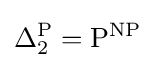
\Delta _{2}^{\mathrm {P} }=\mathrm {P^{NP}}